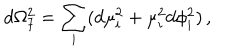
LaTeX: d \Omega _ { 7 } ^ { 2 } = \sum _ { i } ( d \mu _ { i } ^ { 2 } + \mu _ { i } ^ { 2 } d \phi _ { i } ^ { 2 } ) \, ,